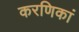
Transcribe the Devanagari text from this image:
करणिकां